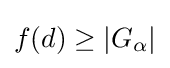
f(d)\geq |G_{\alpha }|